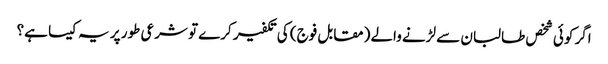
اگر کوئی شخص طالبان سے لڑنے والے (مقابل فوج) کی تکفیر کرے تو شرعی طور پر یہ کیسا ہے؟